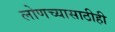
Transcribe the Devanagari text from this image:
लोणच्यासाठीही